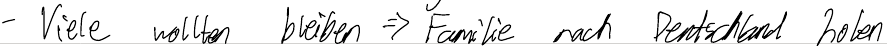
- Viele wollten bleiben => Familie nach Deutschland holen